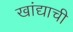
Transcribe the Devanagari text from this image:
खांद्याची